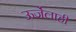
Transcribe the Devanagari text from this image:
ऊर्जेलाही